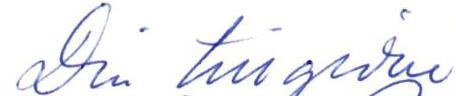
Din tillgivne